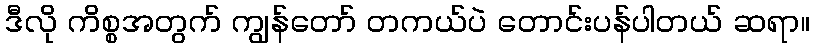
ဒီလို ကိစ္စအတွက် ကျွန်တော် တကယ်ပဲ တောင်းပန်ပါတယ် ဆရာ။